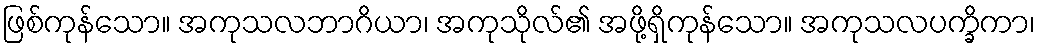
ဖြစ်ကုန်သော။ အကုသလဘာဂိယာ၊ အကုသိုလ်၏ အဖို့ရှိကုန်သော။ အကုသလပက္ခိကာ၊